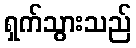
ရှက်သွားသည်